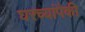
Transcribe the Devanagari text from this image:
घरच्यांपैकी